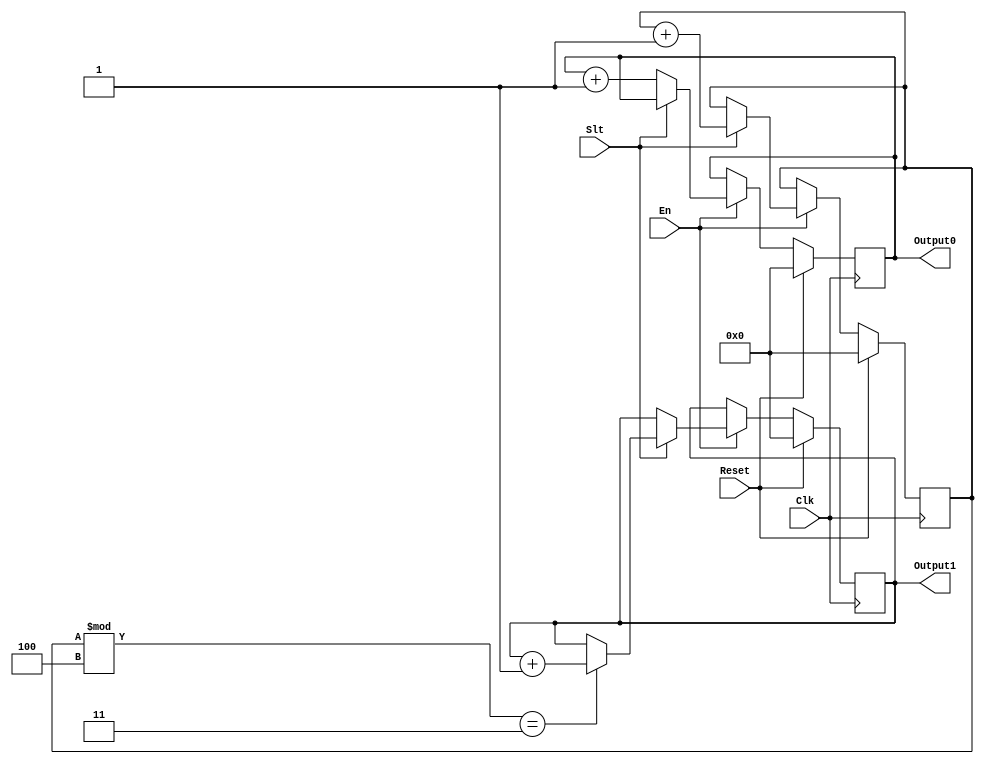
`timescale 1ns / 1ps
//////////////////////////////////////////////////////////////////////////////////
// Company: 
// Engineer: 
// 
// Design Name: 
// Module Name:    counter 
// Project Name: 
// Target Devices: 
// Tool versions: 
// Description: 
//
// Dependencies: 
//
// Revision: 
// Revision 0.01 - File Created
// Additional Comments: 
//
//////////////////////////////////////////////////////////////////////////////////
module code(
		input Clk,
		input Reset,
		input Slt,
		input En,
		output [63:0] Output0,
		output [63:0] Output1
	);
	reg [63:0] cnt,Cnt0,Cnt1;
	
	assign Output0=Cnt0;
	assign Output1=Cnt1;
	
	initial
	begin
		cnt<=0;
		Cnt0<=0;
		Cnt1<=0;
	end
	
	always @(posedge Clk)
	begin
		if (Reset)
		begin
			cnt<=0;
			Cnt0<=0;
			Cnt1<=0;
		end
		else if (En)
		begin
			if (Slt==0)
			begin
				Cnt0<=Cnt0+1;
			end
			else
			begin
				if (cnt%3'b100==2'b11)
				begin
					Cnt1<=Cnt1+1;
				end
				cnt<=cnt+1;
			end
		end
	end

endmodule